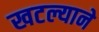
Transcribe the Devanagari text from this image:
खटल्याने